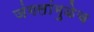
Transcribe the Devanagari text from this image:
जंगलांमुळेच